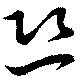
恐